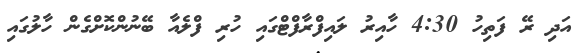
އަދި ރޭ ފަތިހު 4:30 ހާއިރު ލައިފްރާފްޓްގައި ހުރި ފްލެއާ ބޭނުންކޮށްގެން ހާލުގައި